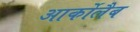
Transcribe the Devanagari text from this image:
आर्कोलैब